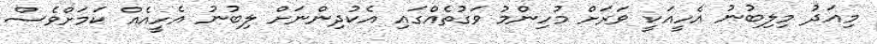
މިއަދު މިލިބުނު އެހީއަކީ ވަރަށް މުހިންމު ވަގުތެއްގައި އެކުދިންނަށް ލިބުނު އެހީއެއް ކަމަށްވެސް